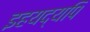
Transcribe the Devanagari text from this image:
इहयद्यपि